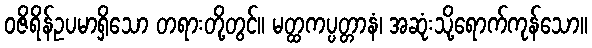
ဝဇိရိန်ဥပမာရှိသော တရားတို့တွင်။ မတ္ထကပ္ပတ္တာနံ၊ အဆုံးသို့ရောက်ကုန်သော။